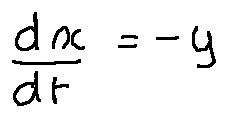
\frac { d x } { d t } = - y